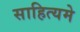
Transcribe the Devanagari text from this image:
साहित्यमे